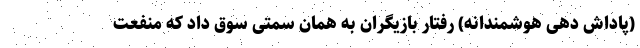
(پاداش دهی هوشمندانه) رفتار بازیگران به همان سمتی سوق داد که منفعت